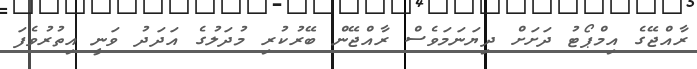
ރާއްޖޭގެ އިމްޕޯޓު ދަށަށް ދިޔަނަމަވެސް ރާއްޖޭން ބޭރުކުރި މުދަލުގެ އަދަދު ވަނީ އިތުރުވެފަ